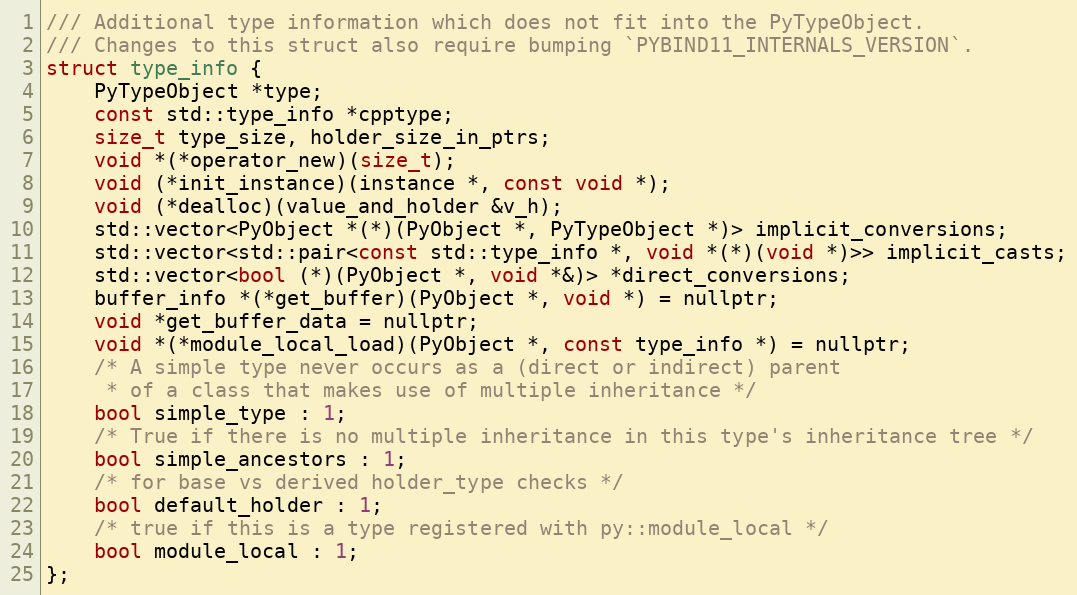
Language: C
/// Additional type information which does not fit into the PyTypeObject.
/// Changes to this struct also require bumping `PYBIND11_INTERNALS_VERSION`.
struct type_info {
    PyTypeObject *type;
    const std::type_info *cpptype;
    size_t type_size, holder_size_in_ptrs;
    void *(*operator_new)(size_t);
    void (*init_instance)(instance *, const void *);
    void (*dealloc)(value_and_holder &v_h);
    std::vector<PyObject *(*)(PyObject *, PyTypeObject *)> implicit_conversions;
    std::vector<std::pair<const std::type_info *, void *(*)(void *)>> implicit_casts;
    std::vector<bool (*)(PyObject *, void *&)> *direct_conversions;
    buffer_info *(*get_buffer)(PyObject *, void *) = nullptr;
    void *get_buffer_data = nullptr;
    void *(*module_local_load)(PyObject *, const type_info *) = nullptr;
    /* A simple type never occurs as a (direct or indirect) parent
     * of a class that makes use of multiple inheritance */
    bool simple_type : 1;
    /* True if there is no multiple inheritance in this type's inheritance tree */
    bool simple_ancestors : 1;
    /* for base vs derived holder_type checks */
    bool default_holder : 1;
    /* true if this is a type registered with py::module_local */
    bool module_local : 1;
};